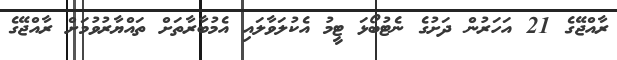
ރާއްޖޭގެ 21 އަހަރުން ދަށުގެ ނެޓުބޯޅަ ޓީމު އެކުލަވާލައި އެމުބާރާތަށް ތައްޔާރުވުމަށް ރާއްޖޭގެ